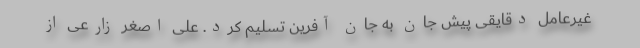
غیرعامل دقایقی پیش جان به جان آفرین تسلیم کرد. علی اصغر زارعی از